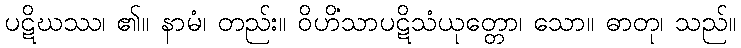
ပဋိဃဿ၊ ၏။ နာမံ၊ တည်း။ ဝိဟိံသာပဋိသံယုတ္တော၊ သော။ ဓာတု၊ သည်။